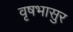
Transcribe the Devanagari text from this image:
वृषभासुर